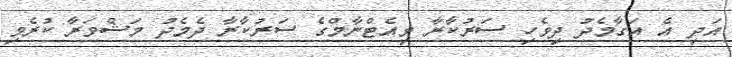
އަދި އެ އަގާމެދު ދިވެހި ސަރުކާރާ ވިއެޓްނާމްގެ ސަރުކާރާ ދެމެދު މަޝްވަރާ ކުރެވި